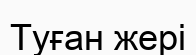
Туған жері